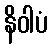
နိဝါပံ